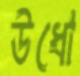
উধো